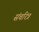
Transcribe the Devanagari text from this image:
संचरित्र